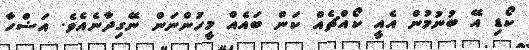
ކޯޑި އޭ ބުނުމުން އެއީ ކޯއްޗެއް ކަން ބައެއް މީހުންނަން ނޭގިދާނެއެވެ. އަޟްހާ